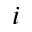
i